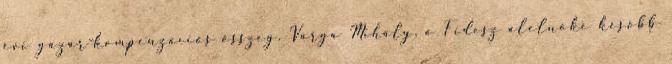
évi gázár-kompenzációs összeg. Varga Mihály, a Fidesz alelnöke később